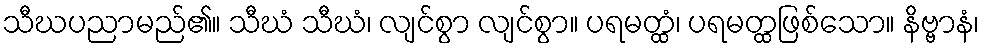
သီဃပညာမည်၏။ သီဃံ သီဃံ၊ လျင်စွာ လျင်စွာ။ ပရမတ္ထံ၊ ပရမတ္ထဖြစ်သော။ နိဗ္ဗာနံ၊